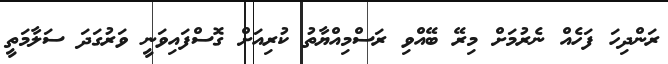
ރަންދިހަ ފަހެއް ނެރުމަށް މިރޭ ބޭއްވި ރަސްމިއްޔާތު ކުރިއަށް ގޮސްފައިވަނީ ވަރުގަދަ ސަލާމަތީ